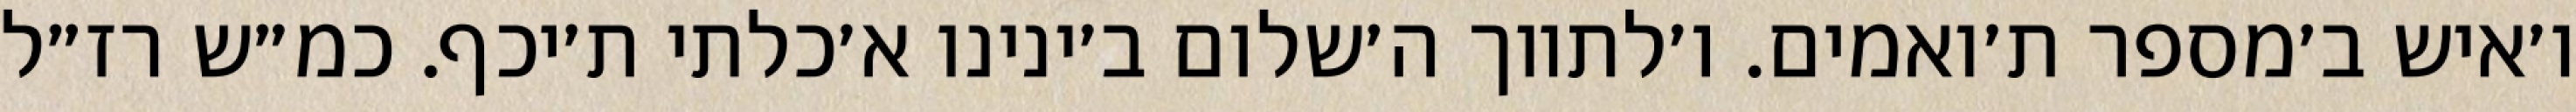
ו׳איש ב׳מספר ת׳ואמים. ו׳לתווך ה׳שלום ב׳ינינו א׳כלתי ת׳יכף. כמ״ש רז״ל